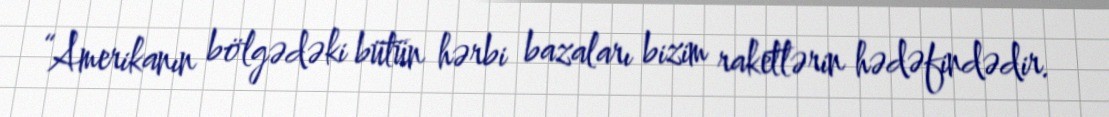
“Amerikanın bölgədəki bütün hərbi bazaları bizim raketlərin hədəfindədir.